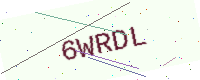
Text: 6WRDL